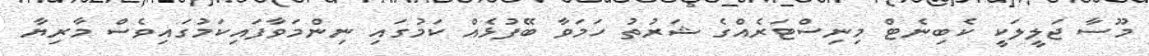
މޫސާ ޖަލީލަކީ ކެބިނެޓް މިނިސްޓަރެއްގެ ޝަރުތު ހަމަވާ ބޭފުޅެއް ކަމުގައި ނިންމަވާފައިކަމުގައިވެސް މާރިޔާ